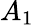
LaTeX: A_{1}